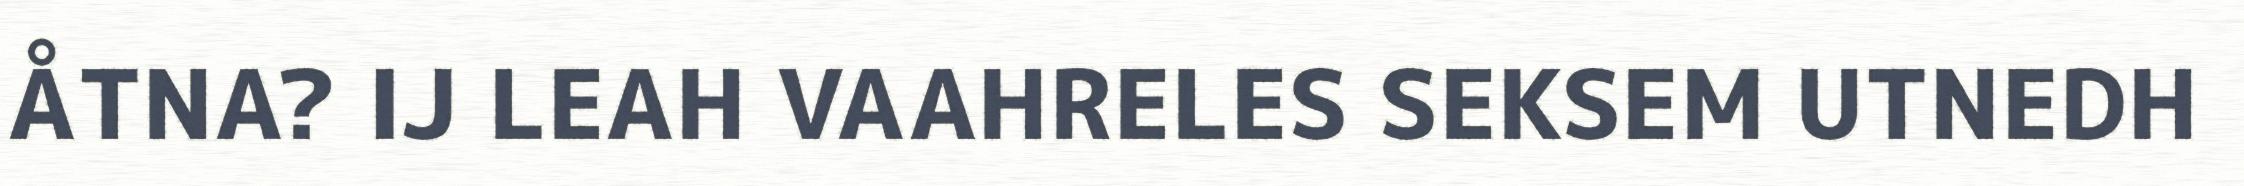
ÅTNA? IJ LEAH VAAHRELES SEKSEM UTNEDH